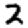
Digit: 2